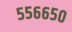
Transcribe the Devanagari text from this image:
५५६६५०